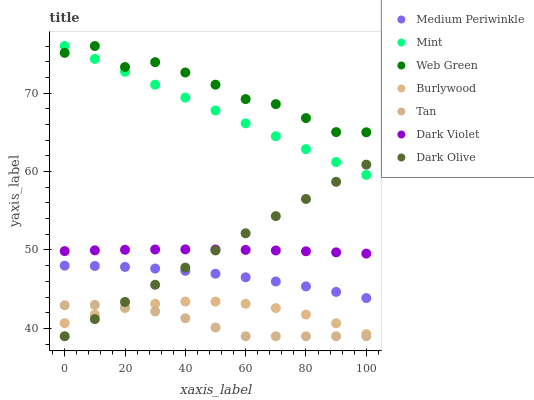
| xaxis_label | Medium Periwinkle | Mint | Web Green | Burlywood | Tan | Dark Violet | Dark Olive |
 | --- | --- | --- | --- | --- | --- | --- | --- |
 | 0 | 48 | 76 | 75.1 | 40.7 | 43 | 49.9 | 39 |
 | 10 | 48 | 74.4 | 76 | 41.8 | 43 | 50 | 41.2 |
 | 20 | 47.8 | 72.7 | 73.3 | 42.6 | 42.7 | 50 | 43.4 |
 | 30 | 47.6 | 71.1 | 73.9 | 43.1 | 42.2 | 50.1 | 45.6 |
 | 40 | 47.3 | 69.4 | 72.6 | 43.4 | 41.3 | 50.1 | 47.8 |
 | 50 | 47 | 67.8 | 71.1 | 43.4 | 40.1 | 50.1 | 49.9 |
 | 60 | 46.5 | 66.1 | 69.2 | 43.1 | 39 | 50 | 52.1 |
 | 70 | 46 | 64.5 | 68.6 | 42.6 | 39 | 49.9 | 54.3 |
 | 80 | 45.4 | 62.9 | 66.8 | 41.8 | 39 | 49.8 | 56.5 |
 | 90 | 44.7 | 61.2 | 65 | 40.7 | 39 | 49.7 | 58.7 |
 | 100 | 43.9 | 59.6 | 65 | 39.3 | 39 | 49.5 | 60.9 |